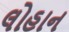
લોહાન